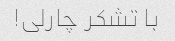
با تشکر چارلی!